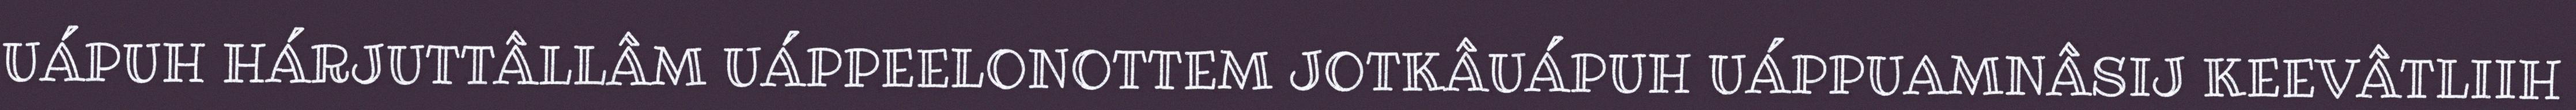
UÁPUH HÁRJUTTÂLLÂM UÁPPEELONOTTEM JOTKÂUÁPUH UÁPPUAMNÂSIJ KEEVÂTLIIH